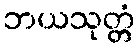
ဘယသုတ္တံ